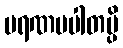
မရဏပပါတမ္ပိ